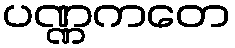
ပဏ္ဏကတေ